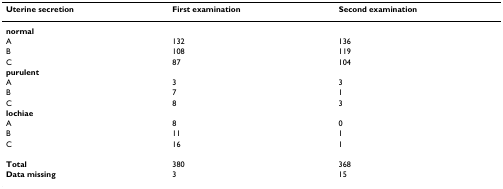
<table><thead><tr><td><b>Uterine secretion</b></td><td><b>First examination</b></td><td><b>Second examination</b></td></tr></thead><tbody><tr><td><b>normal</b></td><td></td><td></td></tr><tr><td>A</td><td>132</td><td>136</td></tr><tr><td>B</td><td>108</td><td>119</td></tr><tr><td>C</td><td>87</td><td>104</td></tr><tr><td><b>purulent</b></td><td></td><td></td></tr><tr><td>A</td><td>3</td><td>3</td></tr><tr><td>B</td><td>7</td><td>1</td></tr><tr><td>C</td><td>8</td><td>3</td></tr><tr><td><b>lochiae</b></td><td></td><td></td></tr><tr><td>A</td><td>8</td><td>0</td></tr><tr><td>B</td><td>11</td><td>1</td></tr><tr><td>C</td><td>16</td><td>1</td></tr><tr><td><b>Total</b></td><td>380</td><td>368</td></tr><tr><td><b>Data missing</b></td><td>3</td><td>15</td></tr></tbody></table>